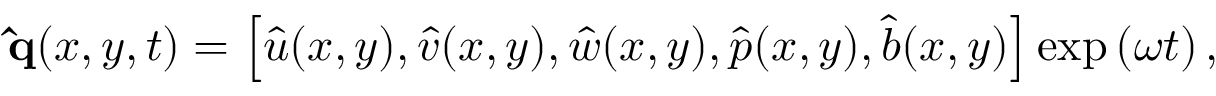
\mathbf { \hat { q } } ( x , y , t ) = \left[ \hat { u } ( x , y ) , \hat { v } ( x , y ) , \hat { w } ( x , y ) , \hat { p } ( x , y ) , \hat { b } ( x , y ) \right] \exp \left( \omega t \right) ,